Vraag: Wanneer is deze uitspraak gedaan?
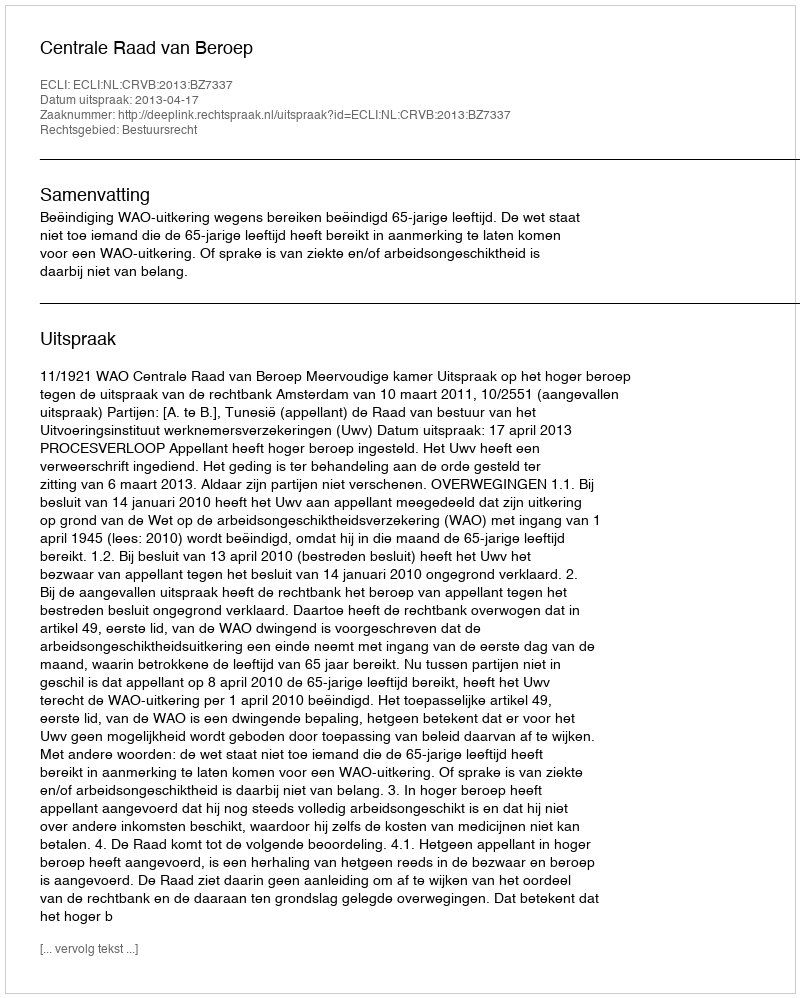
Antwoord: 2013-04-17